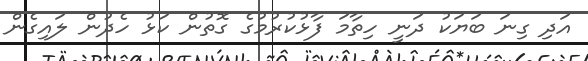
އަދި ގިނަ ބަޔަކު ދަނީ ހިތާމަ ފާޅުކުރުމުގެ ގޮތުން ކަޅު ހެދުން ލައިގެން